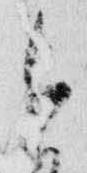
今